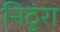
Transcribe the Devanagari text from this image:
निठुरा